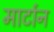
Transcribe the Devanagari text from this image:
मार्टान